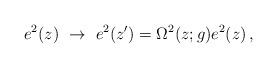
LaTeX: \begin{align*}{e^{2}}(z)~\rightarrow~e^{2}(z^{\prime})=\Omega^{2}(z;g)e^{2}(z)\,, \end{align*}